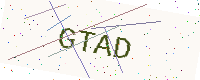
Text: GTAD